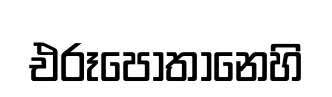
එරූපොතානෙහි